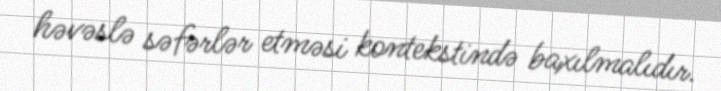
həvəslə səfərlər etməsi kontekstində baxılmalıdır.